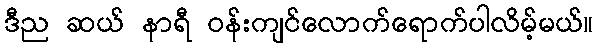
ဒီည ဆယ် နာရီ ဝန်းကျင်လောက်ရောက်ပါလိမ့်မယ်။